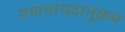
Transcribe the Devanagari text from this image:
गणनापदानुक्रम